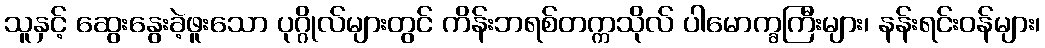
သူနှင့် ဆွေးနွေးခဲ့ဖူးသော ပုဂ္ဂိုလ်များတွင် ကိန်းဘရစ်တက္ကသိုလ် ပါမောက္ခကြီးများ၊ နန်းရင်းဝန်များ၊